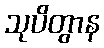
သုပိတွာန